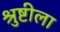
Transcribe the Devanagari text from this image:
श्रुष्टीला